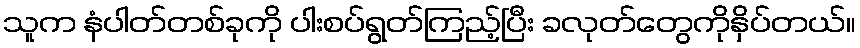
သူက နံပါတ်တစ်ခုကို ပါးစပ်ရွတ်ကြည့်ပြီး ခလုတ်တွေကိုနှိပ်တယ်။